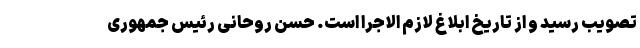
تصویب رسید و از تاریخ ابلاغ لازم الاجرا است. حسن روحانی رئیس جمهوری